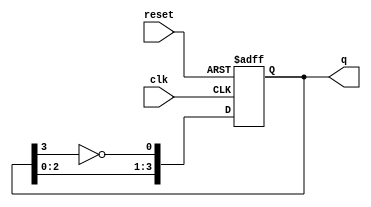
module johnson_counter #(
    parameter N = 4  // Number of flip-flops
)(
    input wire clk,      // Clock input
    input wire reset,    // Asynchronous reset
    output reg [N-1:0] q // Output state of the counter
);

// Internal signal for the inverted output of the last flip-flop
wire feedback;

// Assign feedback as the inverted output of the last flip-flop
assign feedback = ~q[N-1];

always @(posedge clk or posedge reset) begin
    if (reset) begin
        // Asynchronous reset
        q <= 0;
    end else begin
        // Shift the states with feedback
        q <= {q[N-2:0], feedback};
    end
end

endmodule